Insane asylums in Bengal annual reports 1876-1887 - 1876-1887
Year: 1876
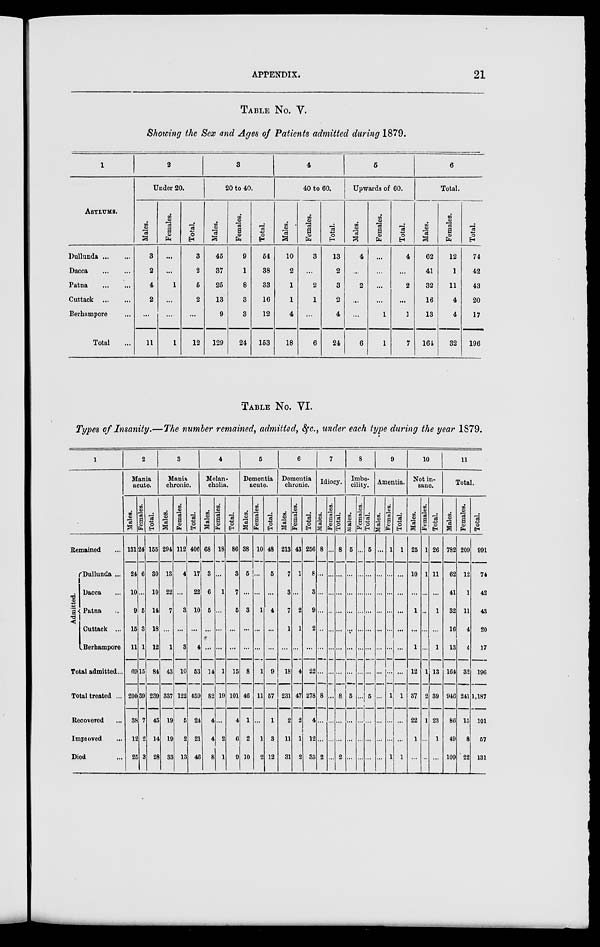
APPENDIX.
21
TABLE No. V.
Showing the Sex and Ages of Patients admitted during 1879.
1
ASYLUMS.
Dullunda
...
...
Dacca ... ...
Patna ... ...
Cuttack ... ...
Berhnmpore ...
Total ...
2
Under 20.
Males.
3
2
4
2
...
11
Females.
...
...
1
...
...
1
Total.
3
2
5
2
...
12
3
20 to 40.
Males.
45
37
25
13
9
129
Females.
9
1
8
3
3
24
Total.
54
38
33
16
12
153
4
40 to 60.
Males.
10
2
1
1
4
18
Females.
3
...
2
1
...
6
Total.
13
2
3
2
4
24
5
Upwards of 60.
Males.
4
...
2
...
...
6
Females.
...
...
...
...
1
1
Total.
4
...
2
...
1
7
6
Total.
Males.
62
41
32
16
13
164
Females.
12
1
11
4
4
32
Total.
74
42
43
20
17
196
TABLE No. VI.
Types of Insanity.—The number remained, admitted, &c., under each type during the year 1879.
1
Remained ...
Admitted.
Dullunda ...
Dacca ...
Patna ...
Cuttack ...
Berhampore
Total admitted...
Total treated ...
Recovered ...
Improved
...
Died ...
2
Mania
acute.
Males.
131
24
10
9
15
11
69
200
38
12
25
Females.
24
6
...
5
3
1
15
39
7
2
3
Total.
155
30
10
14
18
12
84
239
45
14
28
3
Mania
chronic.
Males.
294
13
22
7
...
1
43
337
19
19
33
Females.
112
4
...
3
...
3
10
122
5
2
13
Total.
406
17
22
10
...
4
53
459
24
21
46
4
Melan-
cholia.
Males.
68
3
6
5
...
...
14
82
4
4
8
Females.
18
...
1
...
...
...
1
19
...
2
1
Total.
86
3
7
5
...
...
15
101
4
6
9
5
Dementia
acute.
Males.
38
5
...
3
...
...
8
46
1
2
10
Females.
10
...
...
1
...
...
1
11
...
1
2
Total.
48
5
...
4
...
...
9
57
1
3
12
6
Dementia
chronic.
Males.
213
7
3
7
1
...
18
231
2
11
31
Females.
43
1
...
2
1
...
4
47
2
1
2
Total.
256
8
3
9
2
...
22
278
4
12
33
7
Idiocy.
Males.
8
...
...
...
...
...
...
8
...
...
2
Females.
...
...
...
...
...
...
...
...
...
...
...
Total.
8
...
...
...
...
...
...
8
...
...
2
8
Imbe-
cility.
Males.
5
...
...
...
...
...
...
5
...
...
...
Females.
...
...
...
...
...
...
...
...
...
...
...
Total.
5
...
...
...
...
...
...
5
...
...
...
9
Amentia.
Males.
...
...
...
...
...
...
...
...
...
...
...
Females.
1
...
...
...
...
...
...
1
...
...
1
Total.
1
...
...
...
...
...
...
1
...
...
1
10
Not in-
sane.
Males.
25
10
...
1
...
1
12
37
22
1
...
Females.
1
1
...
..
...
...
1
2
1
...
...
Total.
26
11
...
1
...
1
13
39
23
1
...
11
Total.
Males.
782
62
41
32
16
13
164
946
86
49
109
Females.
209
12
1
11
4
4
32
241
15
8
22
Total.
991
74
42
43
20
17
196
1,187
101
57
131